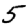
Digit: 5